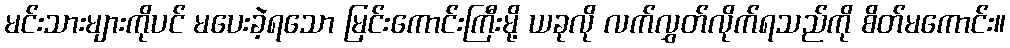
မင်းသားများကိုပင် မပေးခဲ့ရသော မြင်းကောင်းကြီးမို့ ယခုလို လက်လွှတ်လိုက်ရသည်ကို စိတ်မကောင်း။